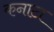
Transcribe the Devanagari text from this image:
कनाटा